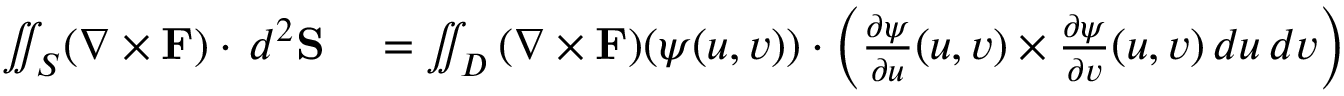
\begin{array} { r l } { \iint _ { S } ( \nabla \times \mathbf { F } ) \cdot \, d ^ { 2 } \mathbf { S } } & { { } = \iint _ { D } { ( \nabla \times \mathbf { F } ) ( \psi ( u , v ) ) \cdot \left( { \frac { \partial \psi } { \partial u } } ( u , v ) \times { \frac { \partial \psi } { \partial v } } ( u , v ) \, d u \, d v \right) } } \end{array}